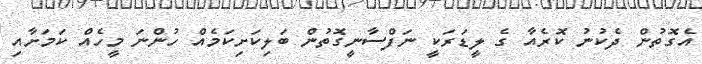
އެގޮތުން ދެކުނު ކޮރެއާ ގެ ލީޑަރަކީ ނަފްސާނީގޮތުން ބަލިކަށިކަމެއް ހުންނަ މީހެއް ކަމަށާއި